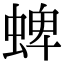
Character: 蜱